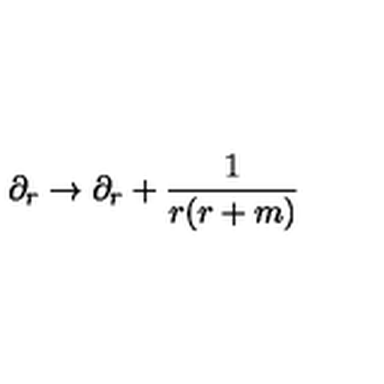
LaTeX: \partial _ { r } \rightarrow \partial _ { r } + \frac { 1 } { r ( r + m ) }